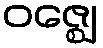
ဝဇ္ဈေ